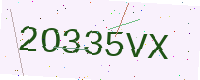
Text: 2O335VX